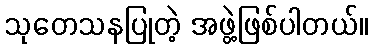
သုတေသနပြုတဲ့ အဖွဲ့ဖြစ်ပါတယ်။